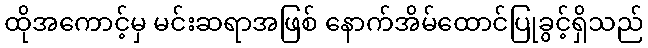
ထိုအကောင့်မှ မင်းဆရာအဖြစ် နောက်အိမ်ထောင်ပြုခွင့်ရှိသည်